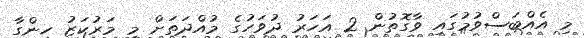
މި އެއްބަސްވުމުގައި ވާގޮތުން 2 އަހަރު ދުވަހުގެ މުއްދަތަށް މި މަރުކަޒު ހިންގާ